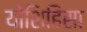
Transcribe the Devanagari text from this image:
योशिहिसा